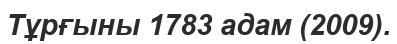
Тұрғыны 1783 адам (2009).